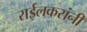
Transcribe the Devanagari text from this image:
राईलकरांनी